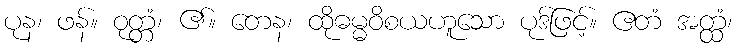
ပုန၊ ဖန်။ ဝုတ္တံ၊ ၏။ တေန၊ ထိုဓမ္မဝိစယဟူသော ပုဒ်ဖြင့်။ ဧတံ အတ္ထံ၊